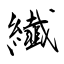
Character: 纎